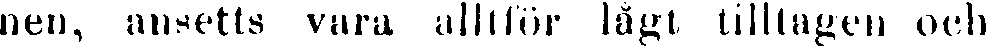
nen, ansetts vara alltför lågt tilltagen ooh